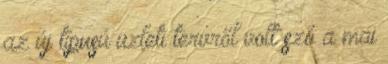
az új típusú üzleti tervről volt szó a mai